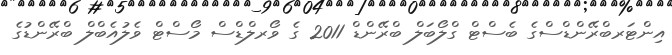
އިންޓަރބްރޭންޑްސްގެ ބެސްޓް ގްލޯބަލް ބްރޭންޑް 2011 ގެ ވޯރލްޑްސް މޯސްޓް ވެލުއެބްލް ބްރޭންޑުގެ